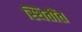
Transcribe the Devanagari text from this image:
स्थितींत